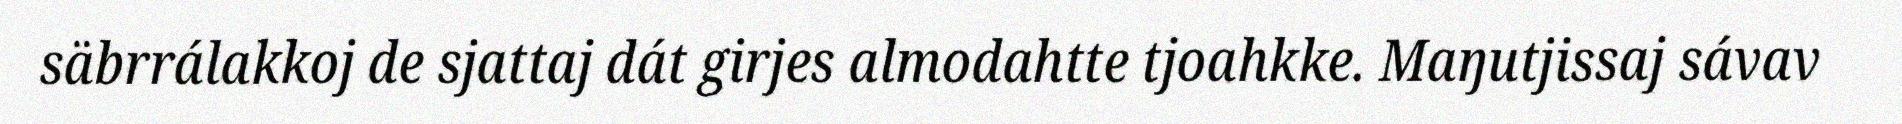
säbrrálakkoj de sjattaj dát girjes almodahtte tjoahkke. Maŋutjissaj sávav